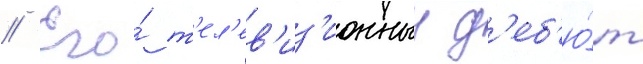
// Его́ т'ел'ев'из'ионныи д'еб'ю́т